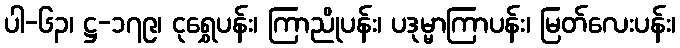
ပါ-၆၃၊ ဋ္ဌ-၁၇၉၊ ငုရွှေပန်း၊ ကြာညိုပန်း၊ ပဒုမ္မာကြာပန်း၊ မြတ်လေးပန်း၊